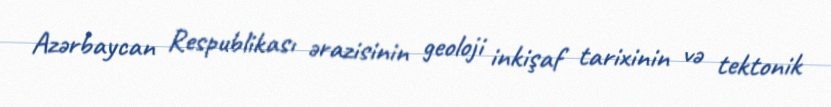
Azərbaycan Respublikası ərazisinin geoloji inkişaf tarixinin və tektonik